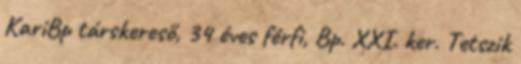
KariBp társkereső, 34 éves férfi, Bp. XXI. ker. Tetszik